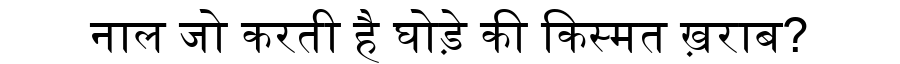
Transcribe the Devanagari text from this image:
नाल जो करती है घोड़े की किस्मत ख़राब?